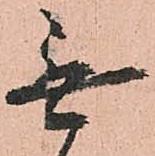
無